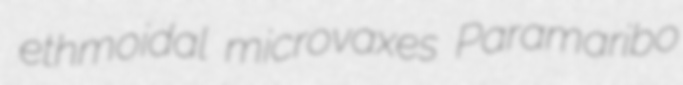
ethmoidal microvaxes Paramaribo